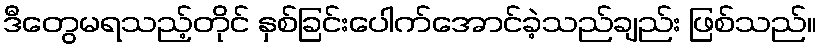
ဒီတွေမရသည့်တိုင် နှစ်ခြင်းပေါက်အောင်ခဲ့သည်ချည်း ဖြစ်သည်။